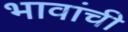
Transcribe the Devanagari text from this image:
भावांची